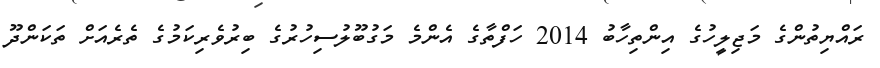
ރައްޔިތުންގެ މަޖިލީހުގެ އިންތިހާބު 2014 ހަފްތާގެ އެންމެ މަގުބޫލުސިހުރުގެ ބިރުވެރިކަމުގެ ތެރެއަށް ތަކަންދޫ